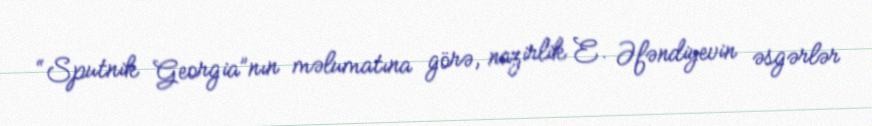
“Sputnik Georgia”nın məlumatına görə, nazirlik E. Əfəndiyevin əsgərlər